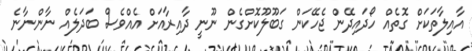
އާއިލާތަކަށް ގޮތެއް ހޯދައިދޭން ޖެހޭކަން ގަބޫލޫކޮށްގެން ނޫނީ ދާއިރާއަށް އެއްވެސް ބަދަލެއް ނާންނާނެ